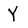
Character: Y